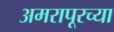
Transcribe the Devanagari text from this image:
अमरापूरच्या